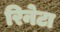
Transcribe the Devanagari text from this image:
रिनेटा